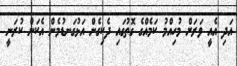
އަދި އެއީ ވަރަށް މުހިއްމު ކަމެއްގެ ގޮތުގައި ދެކިގެން އަޅުގަނޑުމެން އެކަން ކުރަނީ